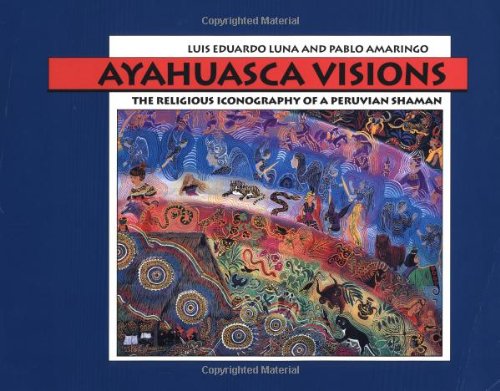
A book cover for Ayahuasca Visions: The Religious Iconography of a Peruvian Shaman; Pablo Amaringo; Arts & Photography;